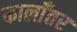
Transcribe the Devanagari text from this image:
कालाँतर